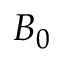
B _ { 0 }